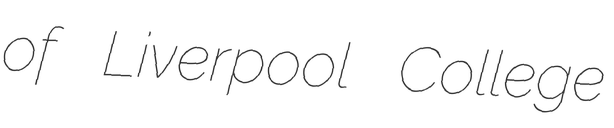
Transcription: of Liverpool College